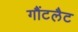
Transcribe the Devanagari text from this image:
गौंटलैट